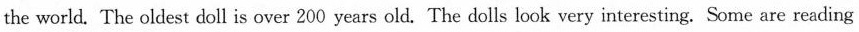
the world. The oldest doll is over 200 years old.The dolls look very interesting. Some are reading